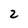
Character: 2